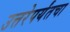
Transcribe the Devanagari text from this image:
उत्तरेपर्यंतचा